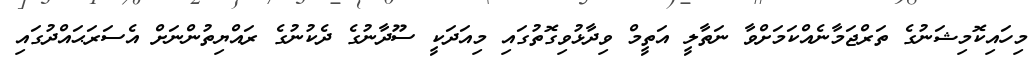
މިހައިކޮމިޝަނުގެ ތަރްޖަމާނެއްކަމަށްވާ ނަތާލީ އަތީމް ވިދާޅުވިގޮތުގައި މިއަދަކީ ސޫދާނުގެ ދެކުނުގެ ރައްޔިތުންނަށް އެސަރަޙައްދުގައި